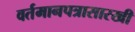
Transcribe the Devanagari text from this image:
वर्तमानपत्रासारखी